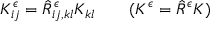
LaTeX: K _ { i j } ^ { \epsilon } = \hat { R } _ { i j , k l } ^ { \epsilon } K _ { k l } \quad \quad ( K ^ { \epsilon } = \hat { R } ^ { \epsilon } K )